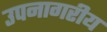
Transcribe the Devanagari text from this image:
उपनागरीय